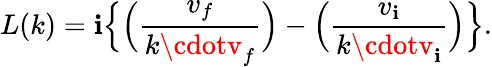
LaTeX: L(k)=\mathbf{i}\Big\{ \Big({\frac{{v_{f}}}{{k\cdotv_{f}}}}\Big)-\Big({\frac{{v_{\mathbf{i}}}}{{k\cdotv_{\mathbf{i}}}}}\Big)\Big\} .